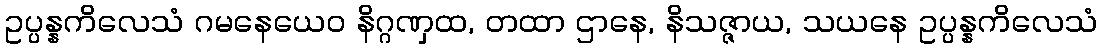
ဥပ္ပန္နကိလေသံ ဂမနေယေဝ နိဂ္ဂဏှထ, တထာ ဌာနေ, နိသဇ္ဇာယ, သယနေ ဥပ္ပန္နကိလေသံ